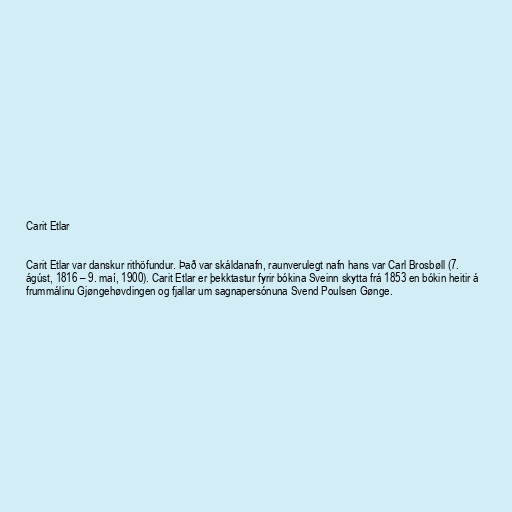
Carit Etlar

Carit Etlar var danskur rithöfundur. Það var skáldanafn, raunverulegt nafn hans var Carl Brosbøll (7.
ágúst, 1816 – 9. maí, 1900). Carit Etlar er þekktastur fyrir bókina Sveinn skytta frá 1853 en bókin heitir á
frummálinu Gjøngehøvdingen og fjallar um sagnapersónuna Svend Poulsen Gønge.